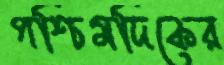
পশ্চিমদিকের